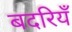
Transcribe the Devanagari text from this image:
बदरियँ